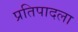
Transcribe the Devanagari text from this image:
प्रतिपादला